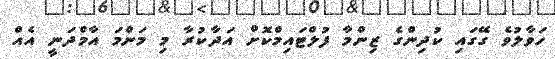
ހަވާލުވެ ގޭގައި ކުދިންގެ ޒިންމާ ފުލްޓައިމްކޮށް އަދާކުރާ މި މަންމަ އާމްދަނީ އެއް